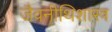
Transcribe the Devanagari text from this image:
जैवनीथिशास्त्र